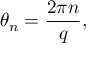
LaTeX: \theta _ { n } = { \frac { 2 \pi n } { q } } ,